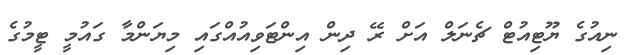
ނިއުގެ ޔޫޓިއުޓް ޗެނަލް އަށް ރޭ ދިން އިންޓަވިއުއްގައި މިޔަންމާ ގައުމީ ޓީމުގެ